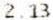
2.13